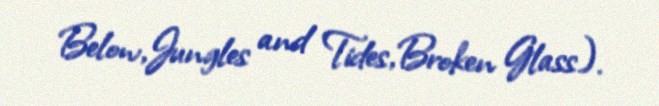
Below,Jungles and Tides,Broken Glass).